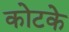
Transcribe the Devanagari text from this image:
कोटके